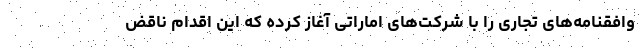
وافقنامه‌های تجاری را با شرکت‌های اماراتی آغاز کرده که این اقدام ناقض